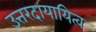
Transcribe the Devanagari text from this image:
उत्तरदायायित्व